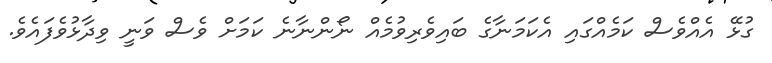
ގުޅޭ އެއްވެސް ކަމެއްގައި އެކަމަނާގެ ބައިވެރިވުމެއް ނޯންނާނެ ކަމަށް ވެސް ވަނީ ވިދާޅުވެފައެވެ.